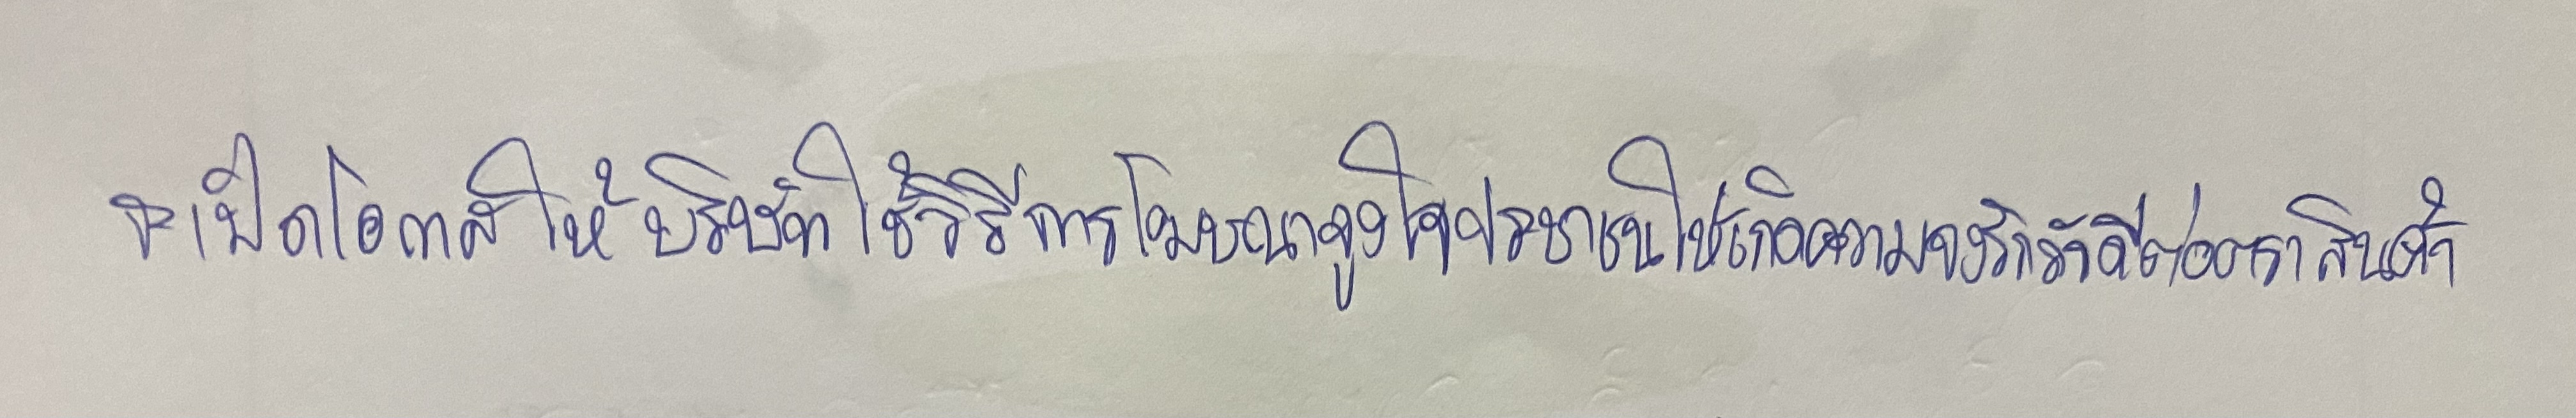
จะเปิดโอกาสให้บริษัทใช้วิธีการโฆษณาจูงใจประชาชนให้เกิดความจงรักภักดีต่อตราสินค้า